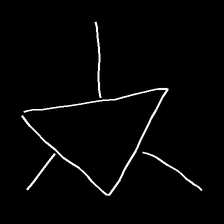
Glyph: fire